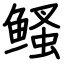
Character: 鳋